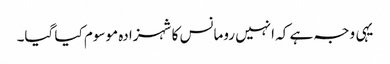
یہی وجہ ہے کہ انہیں رومانس کا شہزادہ موسوم کیا گیا۔